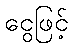
ငွေဖြင့်